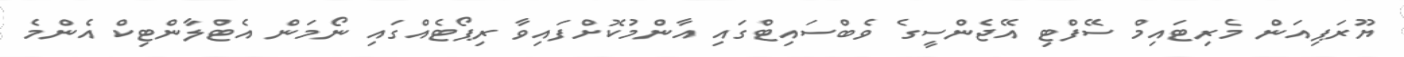
ޔޫރަޕިއަން މެރިޓައިމް ސޭފްޓި އޭޖެންސީގެ ވެބްސައިޓްގައި އާންމުކޮށްފައިވާ ރިޕޯޓެއްގައި ނޯމަން އެޓްލާންޓިކް އެންމެ